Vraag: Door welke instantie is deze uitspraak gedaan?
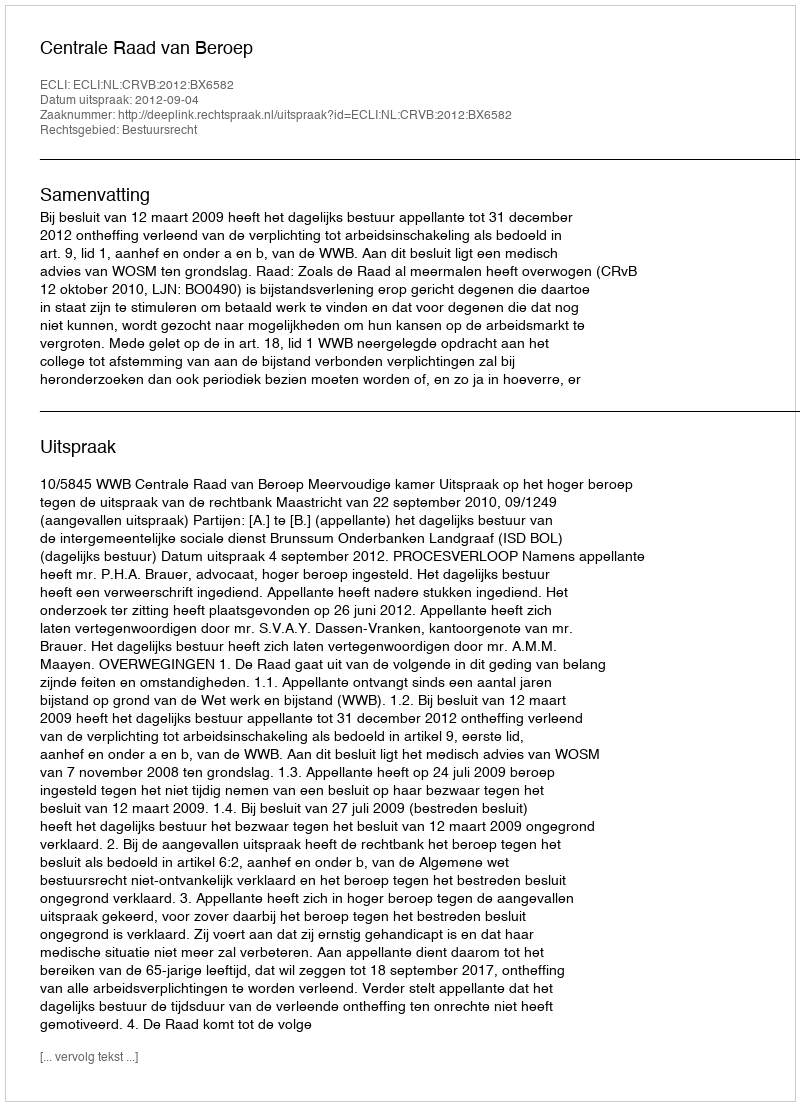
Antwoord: Centrale Raad van Beroep